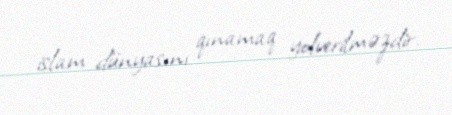
islam dünyasını qınamaq yolverilməzdir.